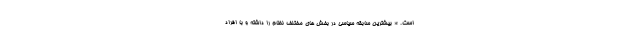
است. * بیشترین سابقه سیاسی در بخش های مختلف نظام را داشته و با افراد